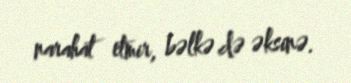
narahat etmir, bəlkə də əksinə.